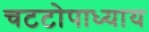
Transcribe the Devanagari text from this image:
चटटोपाध्याय